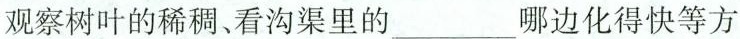
观察树叶的稀稠、看沟渠里的___哪边化得快等方